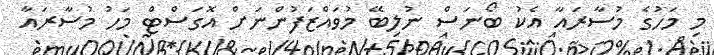
މި މަހުގެ މުސާރައާ އެކު ބޯނަސް ނުލިބޭ މުވައްޒަފުންނަށް އޮގަސްޓް މަހު މުސާރައާ